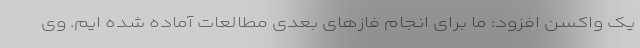
یک واکسن افزود: ما برای انجام فازهای بعدی مطالعات آماده شده ایم. وی